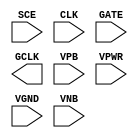
/**
 * Copyright 2020 The SkyWater PDK Authors
 *
 * Licensed under the Apache License, Version 2.0 (the "License");
 * you may not use this file except in compliance with the License.
 * You may obtain a copy of the License at
 *
 *     https://www.apache.org/licenses/LICENSE-2.0
 *
 * Unless required by applicable law or agreed to in writing, software
 * distributed under the License is distributed on an "AS IS" BASIS,
 * WITHOUT WARRANTIES OR CONDITIONS OF ANY KIND, either express or implied.
 * See the License for the specific language governing permissions and
 * limitations under the License.
 *
 * SPDX-License-Identifier: Apache-2.0
 */

`ifndef SKY130_FD_SC_HVL__SDLCLKP_PP_SYMBOL_V
`define SKY130_FD_SC_HVL__SDLCLKP_PP_SYMBOL_V

/**
 * sdlclkp: Scan gated clock.
 *
 * Verilog stub (with power pins) for graphical symbol definition
 * generation.
 *
 * WARNING: This file is autogenerated, do not modify directly!
 */

`timescale 1ns / 1ps
`default_nettype none

(* blackbox *)
module sky130_fd_sc_hvl__sdlclkp (
    //# {{scanchain|Scan Chain}}
    input  SCE ,

    //# {{clocks|Clocking}}
    input  CLK ,
    input  GATE,
    output GCLK,

    //# {{power|Power}}
    input  VPB ,
    input  VPWR,
    input  VGND,
    input  VNB
);
endmodule

`default_nettype wire
`endif  // SKY130_FD_SC_HVL__SDLCLKP_PP_SYMBOL_V